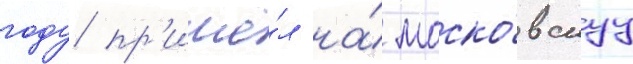
году пр'ишё́л на́ моско́вскуу